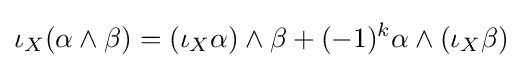
\iota _{X}(\alpha \wedge \beta )=(\iota _{X}\alpha )\wedge \beta +(-1)^{k}\alpha \wedge (\iota _{X}\beta )